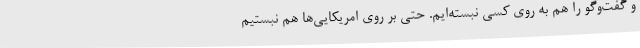
و گفت‌وگو را هم به روی کسی نبسته‌ایم. حتی بر روی امریکایی‌ها هم نبستیم